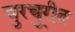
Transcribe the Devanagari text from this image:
चुरचु्रीत